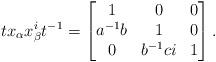
LaTeX: \begin{align*} tx_{\alpha}x_{\beta}^it^{-1} = \begin{bmatrix} 1 & 0 & 0\\ a^{-1}b & 1 & 0\\ 0 & b^{-1}ci &1 \end{bmatrix}.\end{align*}